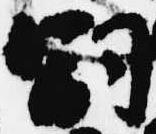
嗣